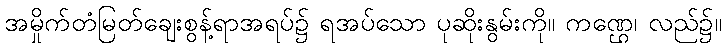
အမှိုက်တံမြတ်ချေးစွန့်ရာအရပ်၌ ရအပ်သော ပုဆိုးနွမ်းကို။ ကဏ္ဌေ၊ လည်၌။